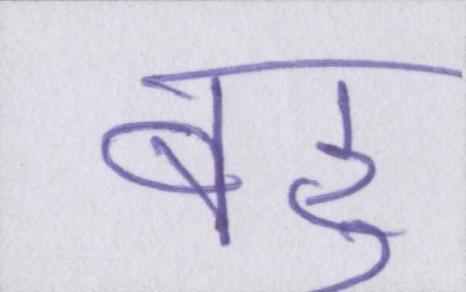
बहु